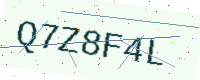
Text: Q7Z8F4L